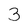
Character: 3